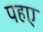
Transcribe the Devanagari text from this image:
पहए